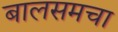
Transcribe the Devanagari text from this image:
बालसमचा